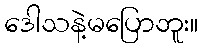
ဒေါသနဲ့မပြောဘူး။